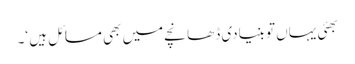
بھئی یہاں تو بنیادی ڈھانچے میں بھی مسائل ہیں ‘۔